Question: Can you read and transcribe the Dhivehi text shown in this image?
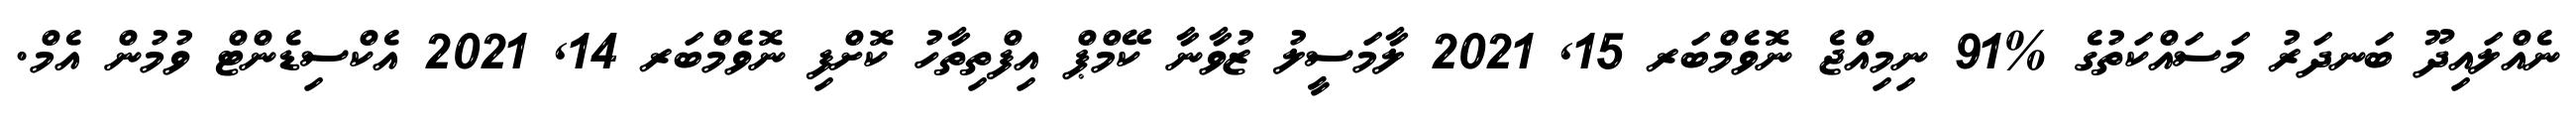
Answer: ނެއްލައިދޫ ބަނދަރު މަސައްކަތުގެ %91 ނިމިއްޖެ ނޮވެމްބަރ 15, 2021 ލާމަސީލު ޒުވާނާ ކޭމްޕް އިފްތިތާހު ކޮށްފި ނޮވެމްބަރ 14, 2021 އެކްސިޑެންޓް ވުމުން އެމް.